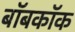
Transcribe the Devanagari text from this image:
बॉबकॉक